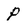
Character: P